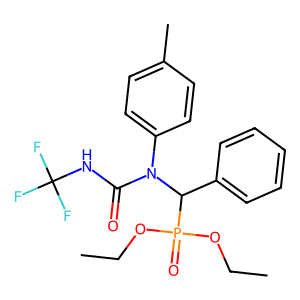
SMILES: CCOP(=O)(OCC)C(c1ccccc1)N(C(=O)NC(F)(F)F)c1ccc(C)cc1
Inhibits HIV replication: No